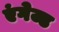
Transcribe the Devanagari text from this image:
एंगेज्ड